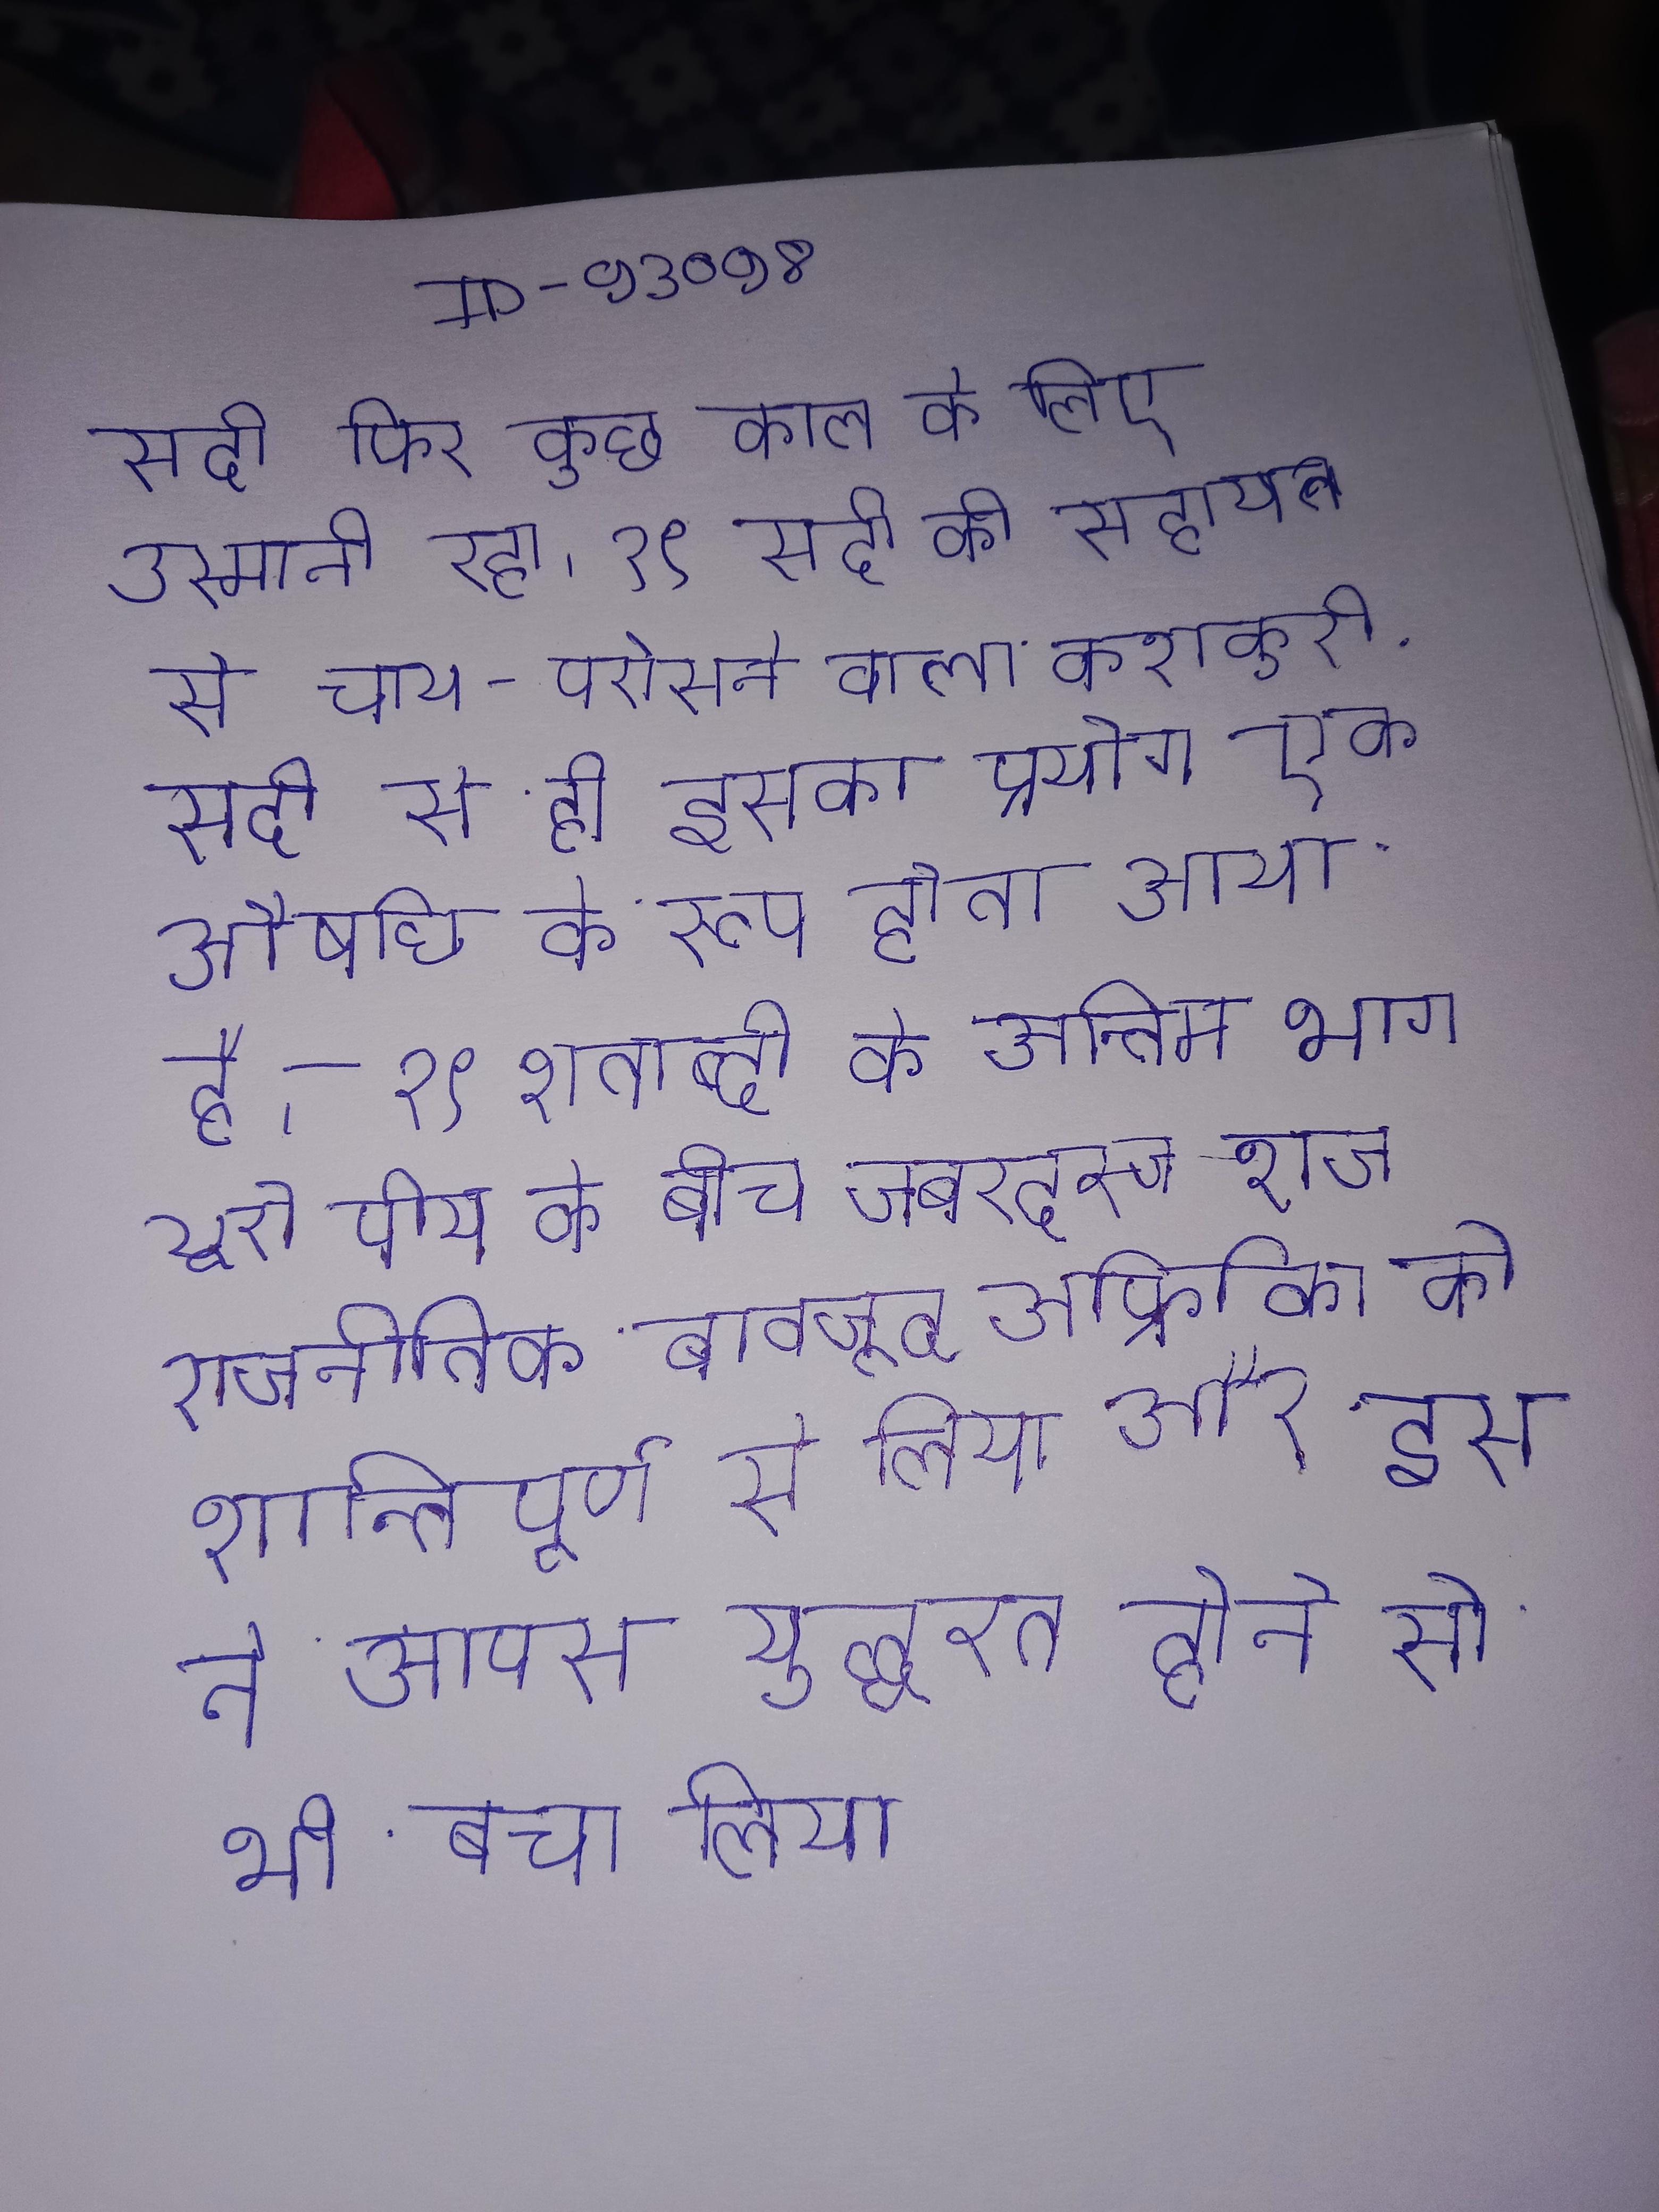
सदी फिर कुछ काल के लिए उस्मानी रहा । १९ सदी की सहायता से चाय-परोसने वाला कराकुरी . सदी से ही इसका प्रयोग एक औषधि के रूप होता आया है । १९ शताब्दी के अन्तिम भाग यूरोपीय के बीच जबरदस्त राजनीतिक आर्थिक स्पर्धा होने के बावजूद अफ्रीका को शान्तिपूर्ण से लिया और इस ने आपस युद्धरत होने से भी बचा लिया ।